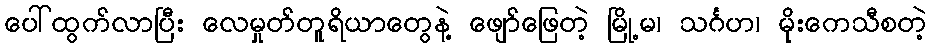
ပေါ်ထွက်လာပြီး လေမှုတ်တူရိယာတွေနဲ့ ဖျော်ဖြေတဲ့ မြို့မ၊ သင်္ဂဟ၊ မိုးကေသီစတဲ့